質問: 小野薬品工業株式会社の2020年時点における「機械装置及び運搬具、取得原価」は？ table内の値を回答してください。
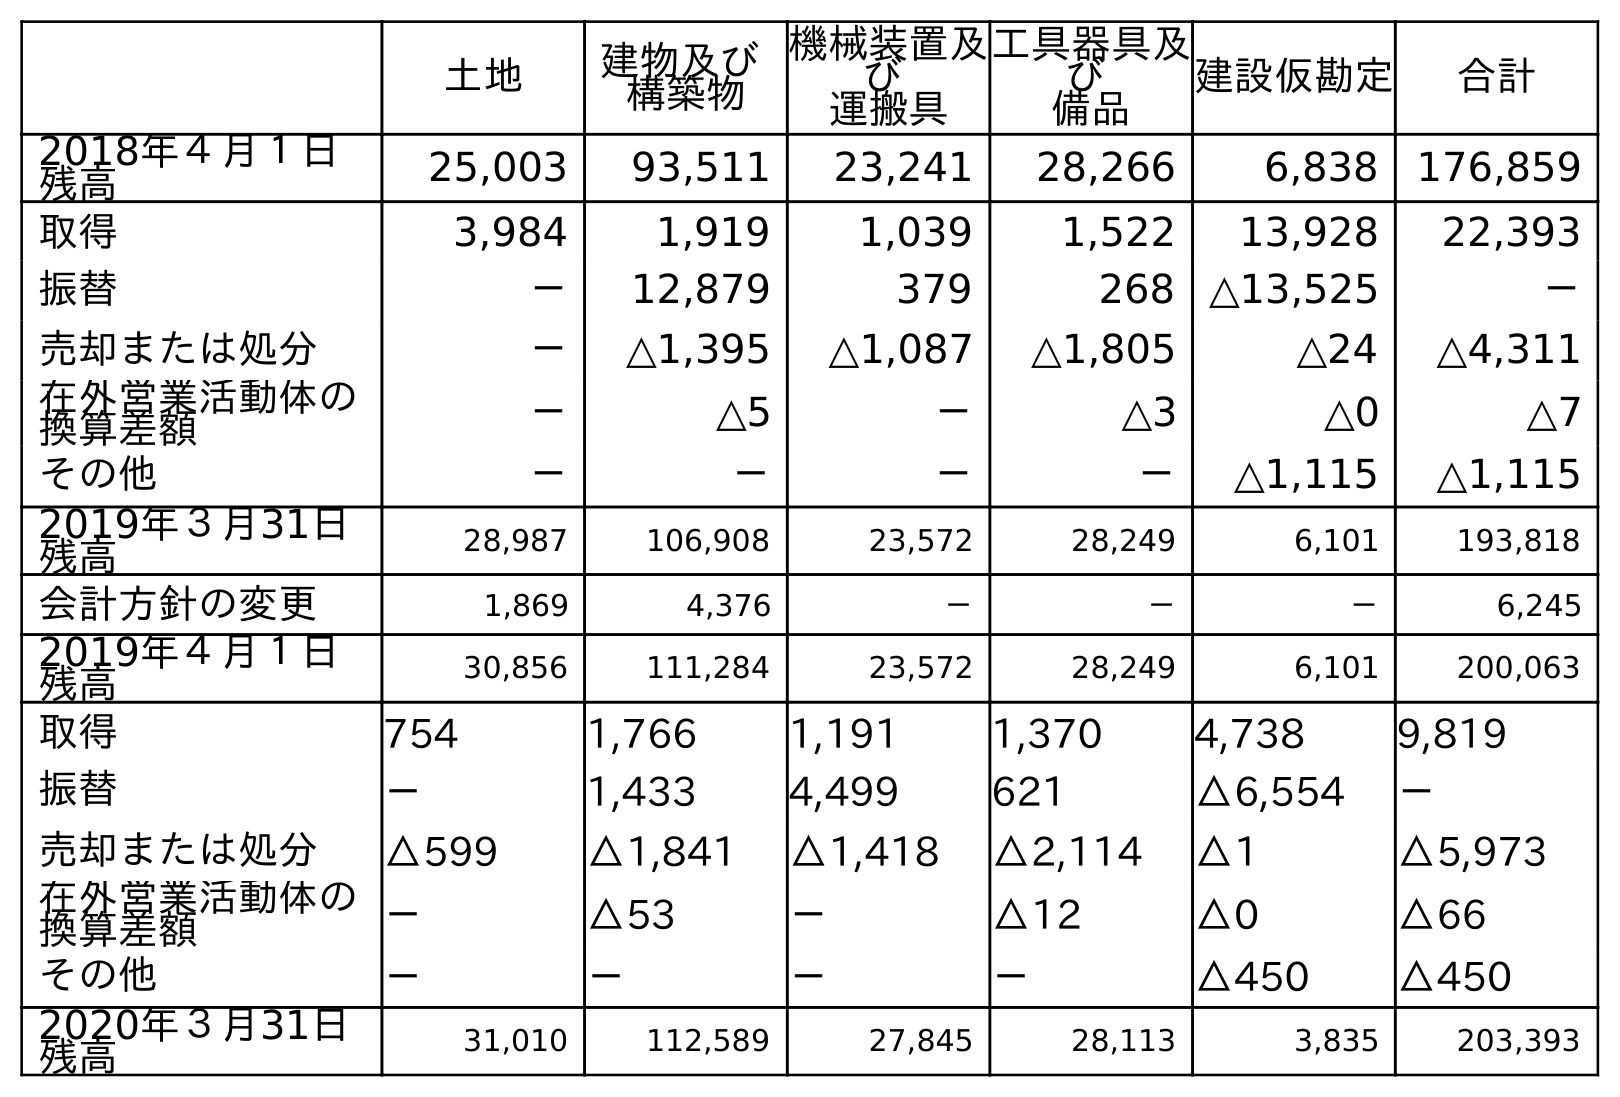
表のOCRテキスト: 土地 建物及び 構築物 機械装置及 び 運搬具 工具器具及 び 備品 建設仮勘定 合計 2018年４月１日 残高 25,003 93,511 23,241 28,266 6,838 176,859 取得 3,984 1,919 1,039 1,522 13,928 22,393 振替 － 12,879 379 268 △13,525 － 売却または処分 － △1,395 △1,087 △1,805 △24 △4,311 在外営業活動体の 換算差額 － △5 － △3 △0 △7 その他 － － － － △1,115 △1,115 2019年３月31日 残高 28,987 106,908 23,572 28,249 6,101 193,818 会計方針の変更 1,869 4,376 － － － 6,245 2019年４月１日 残高 30,856 111,284 23,572 28,249 6,101 200,063 取得 754 1,766 1,191 1,370 4,738 9,819 振替 － 1,433 4,499 621 △6,554 － 売却または処分 △599 △1,841 △1,418 △2,114 △1 △5,973 在外営業活動体の 換算差額 － △53 － △12 △0 △66 その他 － － － － △450 △450 2020年３月31日 残高 31,010 112,589 27,845 28,113 3,835 203,393
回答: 27,845